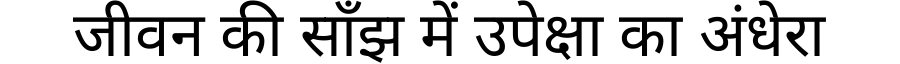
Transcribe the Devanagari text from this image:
जीवन की साँझ में उपेक्षा का अंधेरा